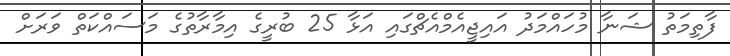
ފާތިމަތު ޝަނާ މުހައްމަދު އައިޖީއެމްއެޗްގައި އަޅާ 25 ބުރީގެ އިމާރާތުގެ މަސައްކަތް ވަރަށް